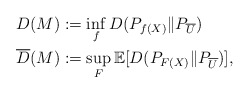
\begin{align*}D(M) &:= \inf_f D(P_{f(X)} \| P_{\overline{U}}) \\\overline{D}(M) &:= \sup_F \mathbb{E} [ D(P_{F(X)} \| P_{\overline{U}})],\end{align*}